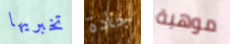
تخبريها جادة موهبة